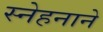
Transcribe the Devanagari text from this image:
स्नेहनाने